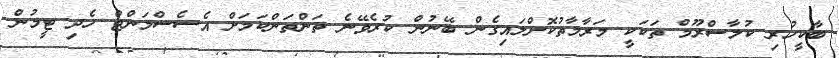
ބާކީހުރި ކުލާސްރޫމް ތަކަކީ މަރާމާތުކޮށްލައިގެން ބޭނުން ކުރެވޭނެ ތަންތަންކަމަށް އެސެސްމަންޓް ހެދި ޓީމުން